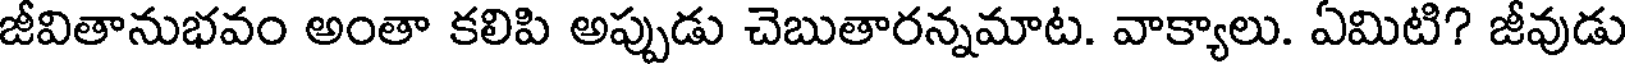
జీవితానుభవం అంతా కలిపి అప్పుడు చెబుతారన్నమాట. వాక్యాలు. ఏమిటి? జీవుడు